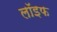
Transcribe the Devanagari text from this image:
लॉइफ